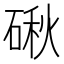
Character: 𥔍